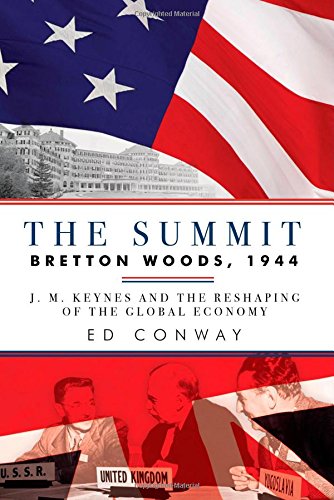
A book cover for The Summit: Bretton Woods, 1944: J. M. Keynes and the Reshaping of the Global Economy; Ed Conway; Business & Money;